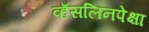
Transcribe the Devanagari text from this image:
व्हॅसलिनपेक्षा